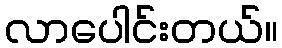
လာပေါင်းတယ်။